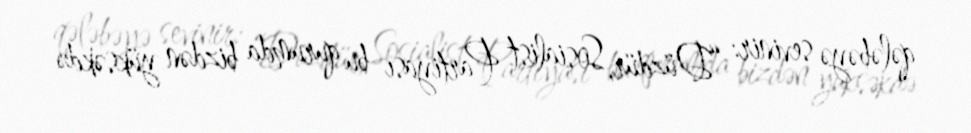
qələbəyə sevinir: “Düzdür, Sosialist Partiyası bu qurumda bizdən yüksəkdə